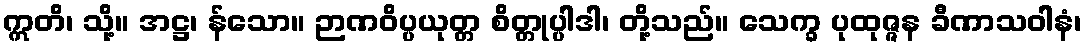
ဣတိ၊ သို့။ အဋ္ဌ၊ န်သော။ ဉာဏဝိပ္ပယုတ္တ စိတ္တုပ္ပါဒါ၊ တို့သည်။ သေက္ခ ပုထုဇ္ဇန ခီဏာသဝါနံ၊